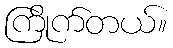
ကြိုက်တယ်။